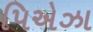
પિએઝા